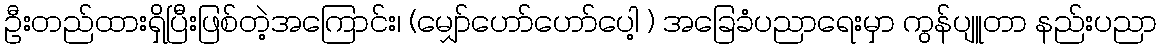
ဦးတည်ထားရှိပြီးဖြစ်တဲ့အကြောင်း၊ (မျှော်ဟော်ဟော်ပေါ့ ) အခြေခံပညာရေးမှာ ကွန်ပျူတာ နည်းပညာ